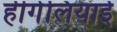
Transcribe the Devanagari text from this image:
हीगेलियाई